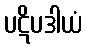
ပဋိပဒါယံ